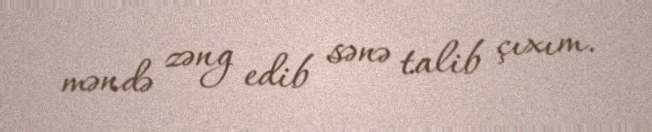
məndə zəng edib sənə talib çıxım.